Lunatic asylums in Bengal annual reports 1888-1898 - 1888-1898
Year: 1888
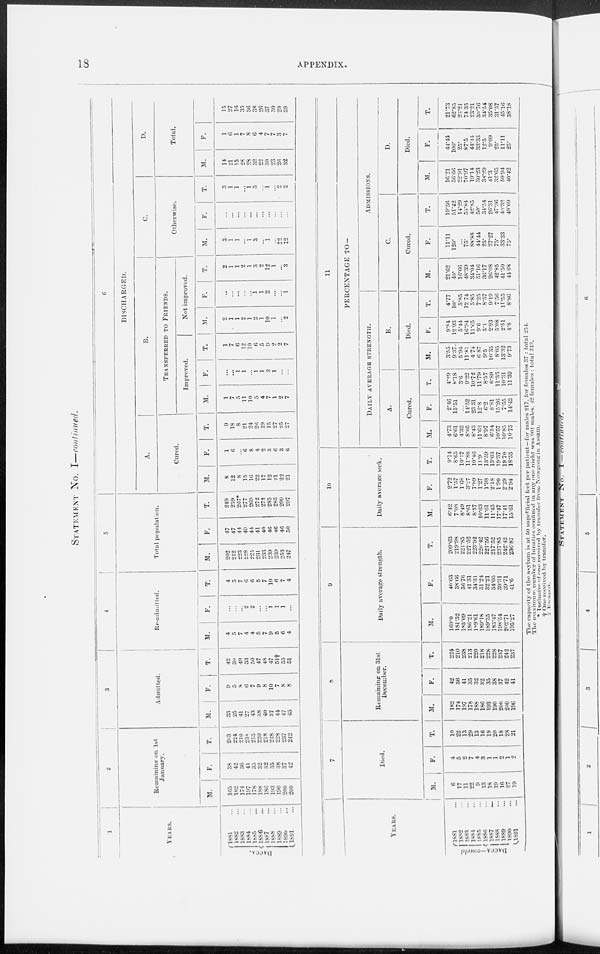
18
APPENDIX.
STATEMENT No. I—continued.
1
YEARS.
D A C C A .
1881...
1882 ...
1883 ...
1884 ...
1885 ...
1886 ...
1887 ...
1888 ...
1889 ...
1890 ...
1891 ...
2
Remaining on 1st
January.
M.
165
182
174
197
178
188
186
193
190
200
200
F.
38
42
36
41
35
32
32
35
38
37
42
T.
203
224
210
238
213
229
218
228
228
237
242
3
Admitted.
M.
33
25
41
27
43
38
40
37
44
47
43
F.
9
5
8
6
7
9
8
10 7
8
8
T.
42
30
49
33
50
47
48
47
51†
55
51
4
Re-admitted.
M.
4
5
7
4
4
5
7
9
5
6
4
F.
...
...
...
2
2
...
...
1
1
1
...
T.
4
5
7
6
6
5
7
10
6
7
4
5
Total population.
M.
202
212
223
228
225
231
233
239
239
253
247
F.
47
47
44
49
44
41
40
46
46
46
50
T.
249
259
267*
277
269
272
273
285
285
299
297
6
DISCHARGED.
A.
Cured.
M.
8
12
8
15 16
22
17
12
21 22
21
F.
1
6
... 6
8
4
2 3
6
3
6
T.
9
18
8
21
24
26
19
15
27
25
27
B.
TRANSFERRED TO FRIENDS.
Improved.
M.
1
7
5
11
10
5
4
7
1
2 7
F.
...
...
1
1
...
1
1
2
1
...
...
T.
1
7
6
12
10
6
5
9
2
2
7
Not improved.
M.
2
1
1
2
1
2
1
10
1
...
2
F.
...
...
...
...
...
1
1
2
...
...
1
T.
2
1
1
2
1
3
2
12
1
...
3
C.
Otherwise.
M.
3
1
1
...
1
3
...
1
...
‡2
‡2
F.
...
...
...
...
...
...
...
...
...
...
...
T.
3
1
1
...
1
3
...
1
...
2
2
D.
Total.
M.
14
21
15
28
28
32
22
30
23
26
32
F.
1
6
1
7
8
6
4
7
7
3
7
T.
15
27
16
35
36
38
26
37
30
29
39
YEARS.
DACCA— concld.
1881 ...
1882 ...
1883 ...
1884 ...
1885 ...
1886 ...
1887 ...
1888 ...
1889 ...
1890 ...
1891 ...
7
Died.
M.
6
17
11
22
9
13
18
19
16
27
19
F.
4
5
2
7
4
3
1
1
2
1
2
T.
10
22
13
29
13
16
19
20
18
28
21
8
Remaining on 31st
December.
M.
182
174
197
178
188
186
193
190
200
200
196
F.
42
36
41
35
32
32
35
38
37
42
41
T.
224
210
238
213
220
218
228
228
237
242
237
9
Daily average strength.
M.
169.0
181.32
185.09
186.21
189.61
189.18
189.35
183.47
198.54
202.71
195.27
F.
40.63
38.66
36.76
41.31
34.31
31.24
32.21
34.05
39.31
39.71
41.6
T.
209.63
219.98
221.85
227.52
223.92
220.42
221.56
217.52
237.85
242.42
236.87
10
Daily average sick.
M.
6.42
7.08
8.49
8.61
8.57
10.63
11.61
11.45
17.47
17.41
15.61
F.
2.72
1.57
1.68
3.27
1.89
1.27
1.98
2.18
1.90
2.29
2.94
T.
9.14
8.65
10.17
11.88
10.46
11.9
13.59
13.63
19.37
19.70
18.55
11
PERCENTAGE TO—
DAILY AVERAGE
STRENGTH.
A.
Cured.
M.
4.73
6.61
4.32
8.05
8.43
11.62
8.97
6.54
10.57
10.85
10.75
F.
2.46
15.51
...
14.52
23.31
12.8
6.2
8.81
15.26
7.55
14.42
T.
4.29
8.18
3.6
9.22
10.72
11.79
8.57
6.89
11.35
10.31
11.39
B.
Died.
M.
3.55
9.37
5.94
11.81
4.74
6.87
9.5
10.35
8.05
13.32
9.73
F.
9.84
12.93
5.44
16.94
11.65
9.6
3.1
2.93
5.08
2.51
4.8
T.
4.77
10.
5.85
12.74
5.85
7.25
8.57
9.19
7.56
11.55
8.86
ADMISSIONS.
C.
Cured.
M.
21.62
40.
16.66
48.39
34.04
51.16
36.17
26.08
42.85
41.50
44.68
F.
11.11
120.
...
75.
88.88
44.44
25.
27.27
75.
33.33
75.
T.
19.56
51.42
14.29
53.84
42.85
50.
34.54
26.31
47.36
49.32
49.09
D.
Died.
M.
16.21
56.66
22.91
70.97
19.14
30.23
38.29
41.3
32.65
50.94
40.42
F.
44.44
100.
25.
87.5
44.44
33.33
12.5
9.09
25.
11.11
25.
T.
21.73
62.85
23.21
74.35
23.21
30.76
34.54
35.08
31.57
45.16
38.18
The capacity of the asylum is at 50 superficial feet per patient —for males 217, for females 37 : total 254.
The maximum number of lunatics confined in any one night was 201 males. 42 females : total 243.
* Inclusive of one received by transfer from Nowgong in Assam.
† One received by transfer.
‡
Escaped.